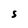
Character: S